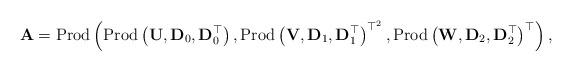
LaTeX: \begin{align*}\mathbf{A}=\mbox{Prod}\left(\mbox{Prod}\left(\mathbf{U},\mathbf{D}_{0},\mbox{\ensuremath{\mathbf{D}}}_{0}^{\top}\right),\mbox{Prod}\left(\mathbf{V},\mathbf{D}_{1},\mbox{\ensuremath{\mathbf{D}}}_{1}^{\top}\right)^{\top^{2}},\mbox{Prod}\left(\mathbf{W},\mathbf{D}_{2},\mbox{\ensuremath{\mathbf{D}}}_{2}^{\top}\right)^{\top}\right),\end{align*}